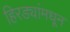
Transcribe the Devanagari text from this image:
हिरड्यांमधून